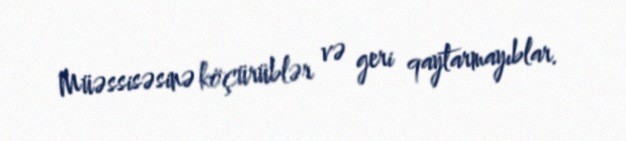
Müəssisəsinə köçürüblər və geri qaytarmayıblar.